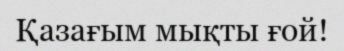
Қазағым мықты ғой!